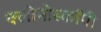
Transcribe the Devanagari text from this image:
क्लोनोस्कॉपी